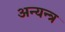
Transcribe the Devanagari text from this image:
अन्यन्त्र